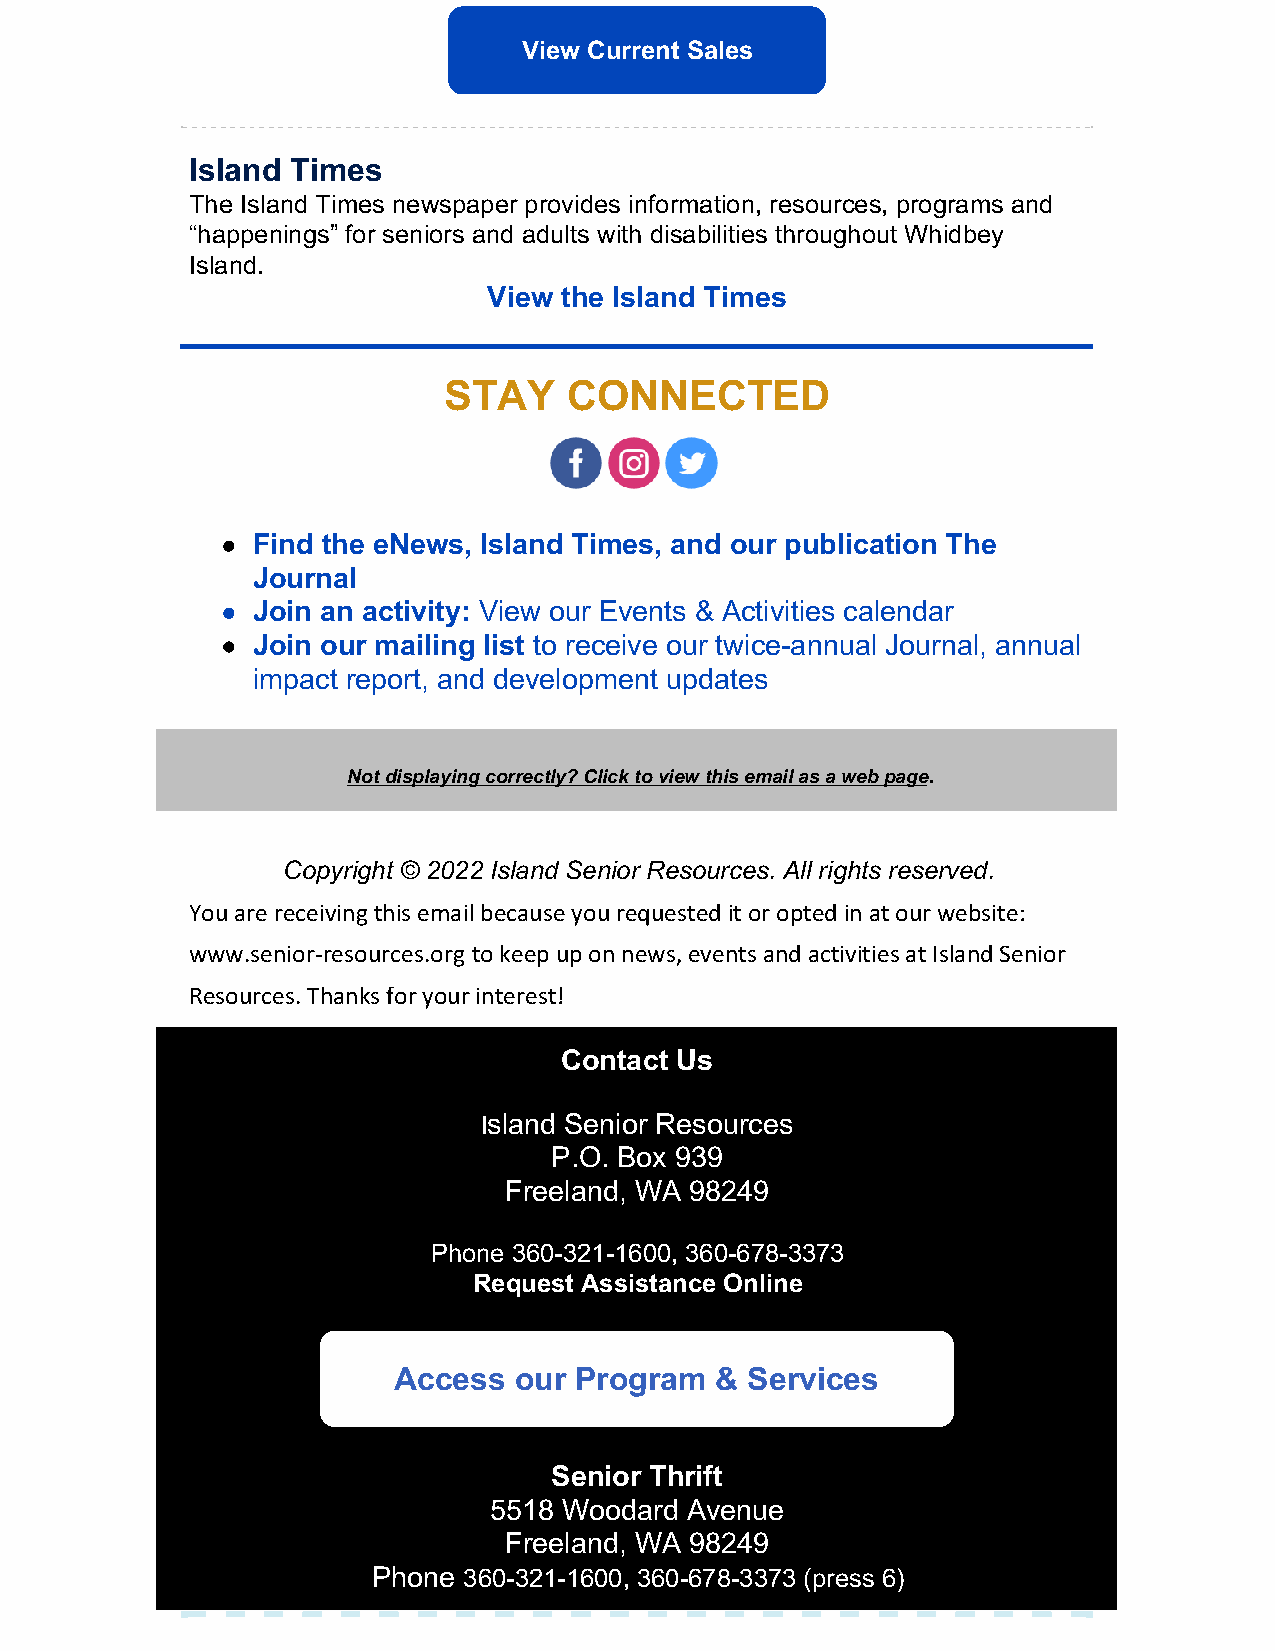
View Current Sales
 Island Times
 The Island Times newspaper provides information, resources, programs and
 “happenings” for seniors and adults with disabilities throughout Whidbey
 Island.
 View the Island Times
 STAY     CONNECTED
 ​   ​   ​
 Find the eNews, Island Times, and our publication The
 Journal
 Join an activity: View our Events & Activities calendar
 Join our mailing list to receive our twice-annual Journal, annual
 impact report, and development updates
 Not displaying correctly? Click to view this email as a web page.
 Copyright © 2022 Island Senior Resources. All rights reserved.
 You are receiving this email because you requested it or opted in at our website:
 www.senior-resources.org to keep up on news, events and activities at Island Senior
 Resources. Thanks for your interest!
 Contact Us
 Island Senior Resources
 P.O. Box 939
 Freeland, WA 98249
 Phone 360-321-1600, 360-678-3373
 Request Assistance Online
 Access  our Program  & Services
 Senior Thrift
 5518 Woodard Avenue
 Freeland, WA 98249
 Phone 360-321-1600, 360-678-3373 (press 6)